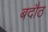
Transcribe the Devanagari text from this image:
बदौठ